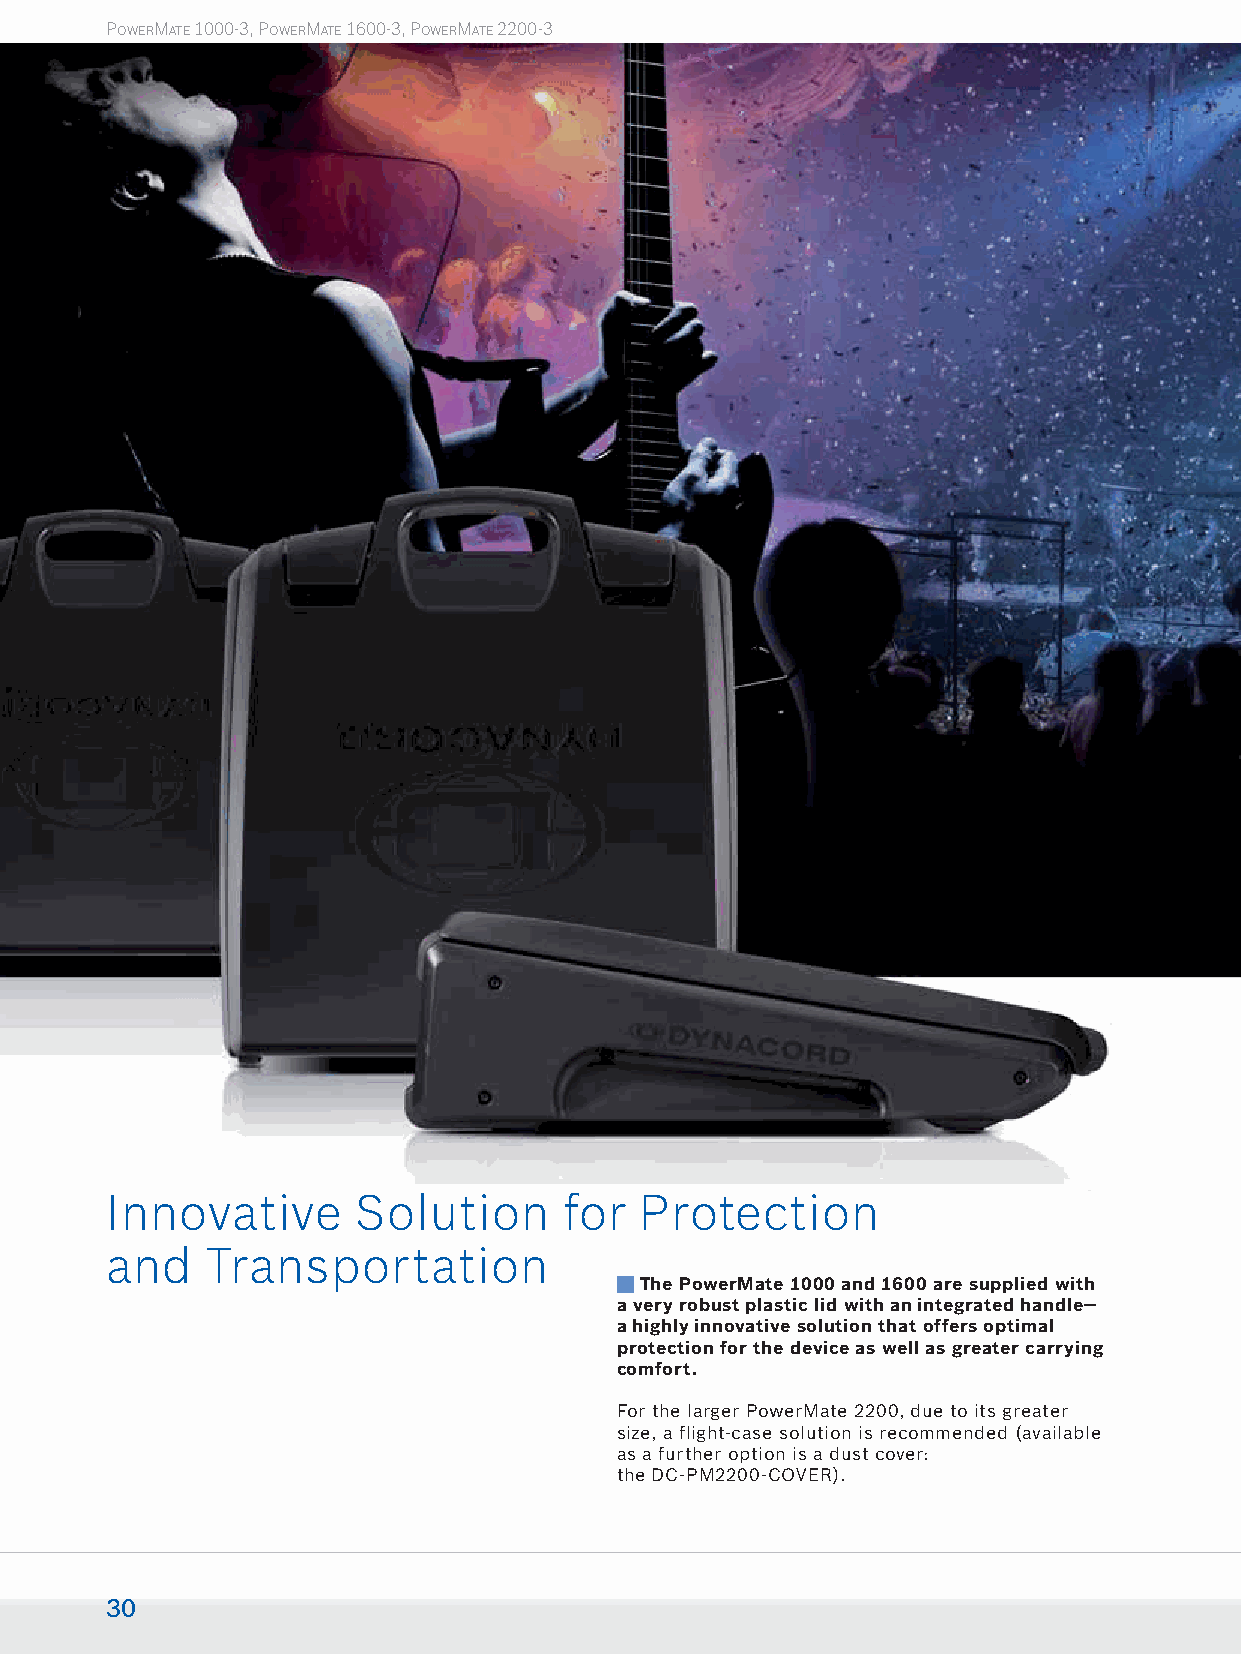
POWERMATE 1000-3, POWERMATE 1600-3, POWERMATE 2200-3
 Innovative      Solution      for  Protection
 and   Transportation
 The PowerMate 1000 and 1600 are supplied with
 a very robust plastic lid with an integrated handle—
 a highly innovative solution that offers optimal
 protection for the device as well as greater carrying
 comfort.
 For the larger PowerMate 2200, due to its greater
 size, a flight-case solution is recommended (available
 as a further option is a dust cover:
 the DC-PM2200-COVER).
 30